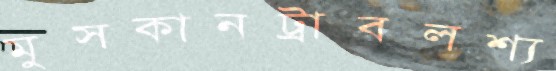
মুসকানট্রাবলশ্য